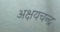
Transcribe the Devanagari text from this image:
अक्षयचन्द्र